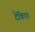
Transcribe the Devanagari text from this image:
टेकिए।